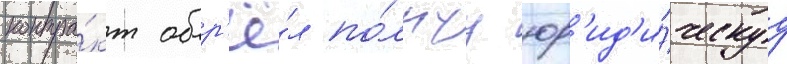
контра́кт обр'ё́л по́лнуу юр'ид'и́ческуу